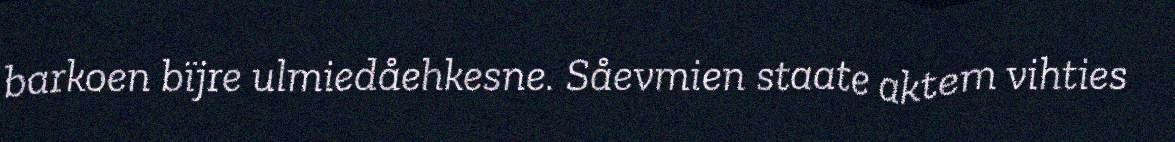
barkoen bïjre ulmiedåehkesne. Såevmien staate aktem vihties